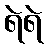
ရဲရဲ